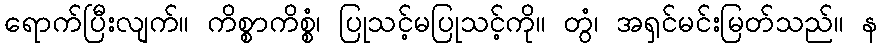
ရောက်ပြီးလျက်။ ကိစ္စာကိစ္စံ၊ ပြုသင့်မပြုသင့်ကို။ တွံ၊ အရှင်မင်းမြတ်သည်။ န